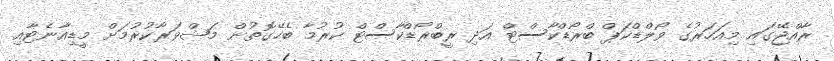
ރާއްޖޭގައި މިއަހަރުގެ ވޯލްޑްކަޕް ބްރޯޑްކާސްޓް އަދި ރީބްރޯޑްކާސްޓް ކުރުމާ ބެހޭގޮތުން މަޝްވަރާކުރުމަށް މީޑިއާނެޓާއި